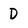
Character: D